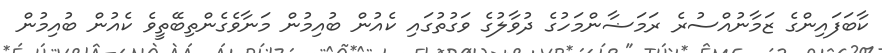
ކާބަފައިންގެ ޒަމާނުއްސުރެ ރަމަޟާންމަހުގެ ދުވާލުގެ ވަގުތުގައި ކެއުން ބުއިމުން މަނާވެގެންތިބޭތީވެ ކެއުން ބުއިމުން